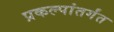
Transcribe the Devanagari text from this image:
प्रकल्पांतर्गंत